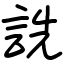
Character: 詵